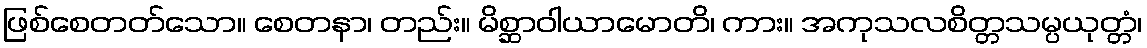
ဖြစ်စေတတ်သော။ စေတနာ၊ တည်း။ မိစ္ဆာဝါယာမောတိ၊ ကား။ အကုသလစိတ္တသမ္ပယုတ္တံ၊